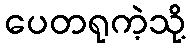
ပေတရုကဲ့သို့